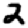
Digit: 2